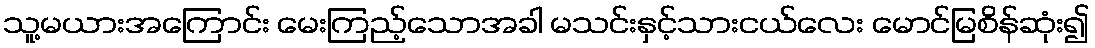
သူ့မယားအကြောင်း မေးကြည့်သောအခါ မသင်းနှင့်သားငယ်လေး မောင်မြစိန်ဆုံး၍